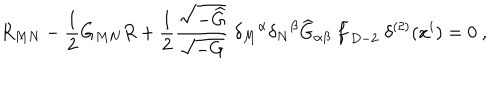
R _ { M N } - { \frac { 1 } { 2 } } G _ { M N } R + { \frac { 1 } { 2 } } { \frac { \sqrt { - { \widehat G } } } { \sqrt { - G } } } ~ { \delta _ { M } } ^ { \alpha } { \delta _ { N } } ^ { \beta } { \widehat G } _ { \alpha \beta } ~ { \widetilde f } _ { D - 2 } ~ \delta ^ { ( 2 ) } ( x ^ { i } ) = 0 ~ ,